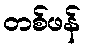
တစ်ဖန်